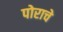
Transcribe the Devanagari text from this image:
पोराचे